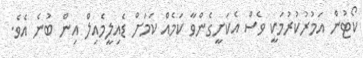
ކޯޓުން އަމުރުކުރުމަކީ ވެސް އެކަށީގެންވާ ކަމެއް ކަމަށް ޑެއިލީމެއިލް އިން ބުނެ އެވެ.